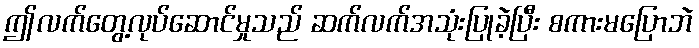
ဤလက်တွေ့လုပ်ဆောင်မှုသည် ဆက်လက်အသုံးပြုခဲ့ပြီး စကားမပြောဘဲ